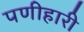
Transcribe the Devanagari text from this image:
पणीहारी